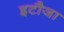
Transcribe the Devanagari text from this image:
इटौजा